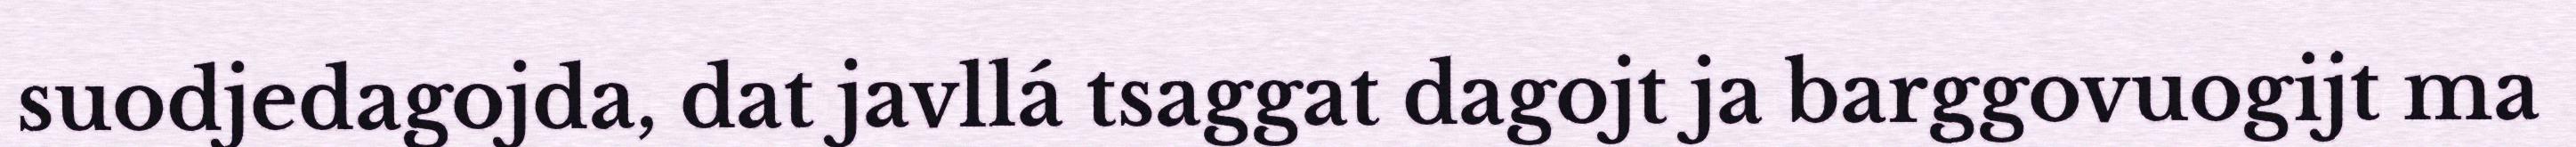
suodjedagojda, dat javllá tsaggat dagojt ja barggovuogijt ma